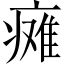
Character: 瘫